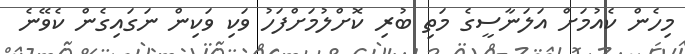
މިހެން ކެއުމަށް އަލަނާސީގެ މަތި ބުރި ކޮށްލުމަށްފަހު ވަކި ވަކިން ނަގައިގެން ކެވޭނެ